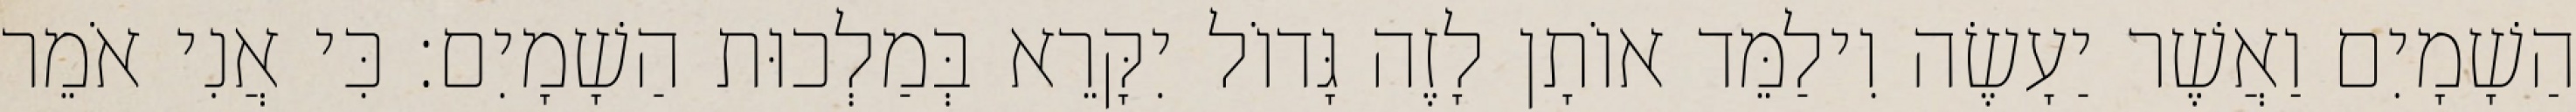
הַשָׁמָיִם וַאֲשֶׁר יַעָשֶׂה וִילַמֵּד אוֹתָן לָזֶה גָּדוֹל יִקָּרֵא בְּמַלְכוּת הַשָׁמָיִם׃ כִּי אֲנִי אֹמֵר